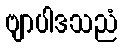
ဗျာပါဒသညံ